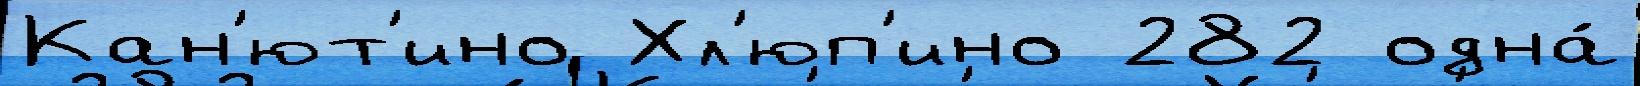
Кан'ют'ино Хл'юп'ино 282 одна́